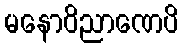
မနောဝိညာဏေပိ